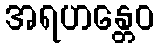
အရဟန္တေဝ